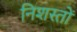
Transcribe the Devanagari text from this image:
निशस्तों